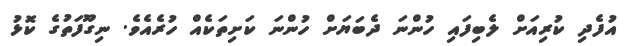
އުފެދި ކުރިއަށް ލެބިފައި ހުންނަ ދެބަޔަށް ހުންނަ ކަށިތަކެއް ހުރެއެވެ. ނިގޫފަތުގެ ކޮޅު